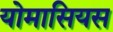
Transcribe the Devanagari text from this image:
योमासियस